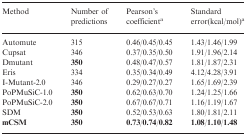
<table><thead><tr><td><b>Method</b></td><td><b>Number of predictions</b></td><td><b>Pearson’s coefficient<sup>a</sup></b></td><td><b>Standard error(kcal/mol)<sup>a</sup></b></td></tr></thead><tbody><tr><td>Automute</td><td>315</td><td>0.46/0.45/0.45</td><td>1.43/1.46/1.99</td></tr><tr><td>Cupsat</td><td>346</td><td>0.37/0.35/0.50</td><td>1.91/1.96/2.14</td></tr><tr><td>Dmutant</td><td><b>350</b></td><td>0.48/0.47/0.57</td><td>1.81/1.87/2.31</td></tr><tr><td>Eris</td><td>334</td><td>0.35/0.34/0.49</td><td>4.12/4.28/3.91</td></tr><tr><td>I-Mutant-2.0</td><td>346</td><td>0.29/0.27/0.27</td><td>1.65/1.69/2.39</td></tr><tr><td>PoPMuSiC-1.0</td><td><b>350</b></td><td>0.62/0.63/0.70</td><td>1.24/1.25/1.66</td></tr><tr><td>PoPMuSiC-2.0</td><td><b>350</b></td><td>0.67/0.67/0.71</td><td>1.16/1.19/1.67</td></tr><tr><td>SDM</td><td><b>350</b></td><td>0.52/0.53/0.63</td><td>1.80/1.81/2.11</td></tr><tr><td><b>mCSM</b></td><td><b>350</b></td><td><b>0.73</b>/<b>0.74</b>/<b>0.82</b></td><td><b>1.08</b>/<b>1.10</b>/<b>1.48</b></td></tr></tbody></table>